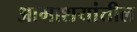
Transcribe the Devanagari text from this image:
आमाशयांतील